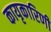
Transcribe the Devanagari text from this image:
कायृकारिणी